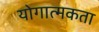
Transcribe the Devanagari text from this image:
योगात्मकता